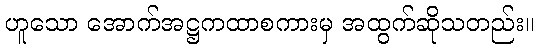
ဟူသော အောက်အဋ္ဌကထာစကားမှ အထွက်ဆိုသတည်း။